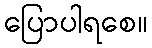
ပြောပါရစေ။